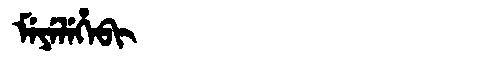
Manchu: ᠮᡝᠶᡝᠯᡝᡥᡝᠪᡳ
Romanization: MEYELEHEBI